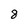
Character: 8